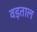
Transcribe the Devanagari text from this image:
वड़ताल